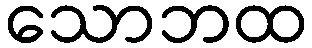
သောဘထ